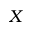
X